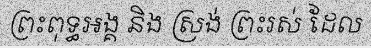
ព្រះពុទ្ធអង្គ និង ស្រង់ ព្រះរស់ ដែល